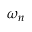
\omega _ { n }